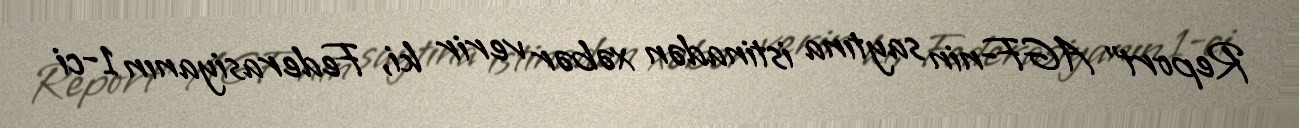
Report" AGF-nin saytına istinadən xəbər verir ki, Federasiyanın 1-ci